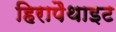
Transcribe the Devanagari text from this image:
हिरापैथाइट